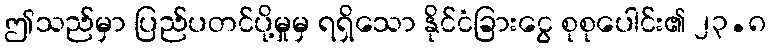
ဤသည်မှာ ပြည်ပတင်ပို့မှုမှ ရရှိသော နိုင်ငံခြားငွေ စုစုပေါင်း၏ ၂၃.၈